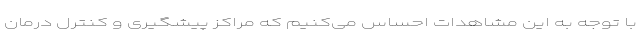
با توجه به این مشاهدات احساس می‌کنیم که مراکز پیشگیری و کنترل درمان